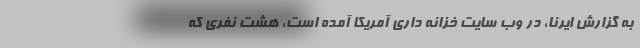
به گزارش ایرنا، در وب سایت خزانه داری آمریکا آمده است، هشت نفری که